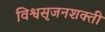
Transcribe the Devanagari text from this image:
विश्वसृजनशक्ती